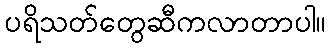
ပရိသတ်တွေဆီကလာတာပါ။